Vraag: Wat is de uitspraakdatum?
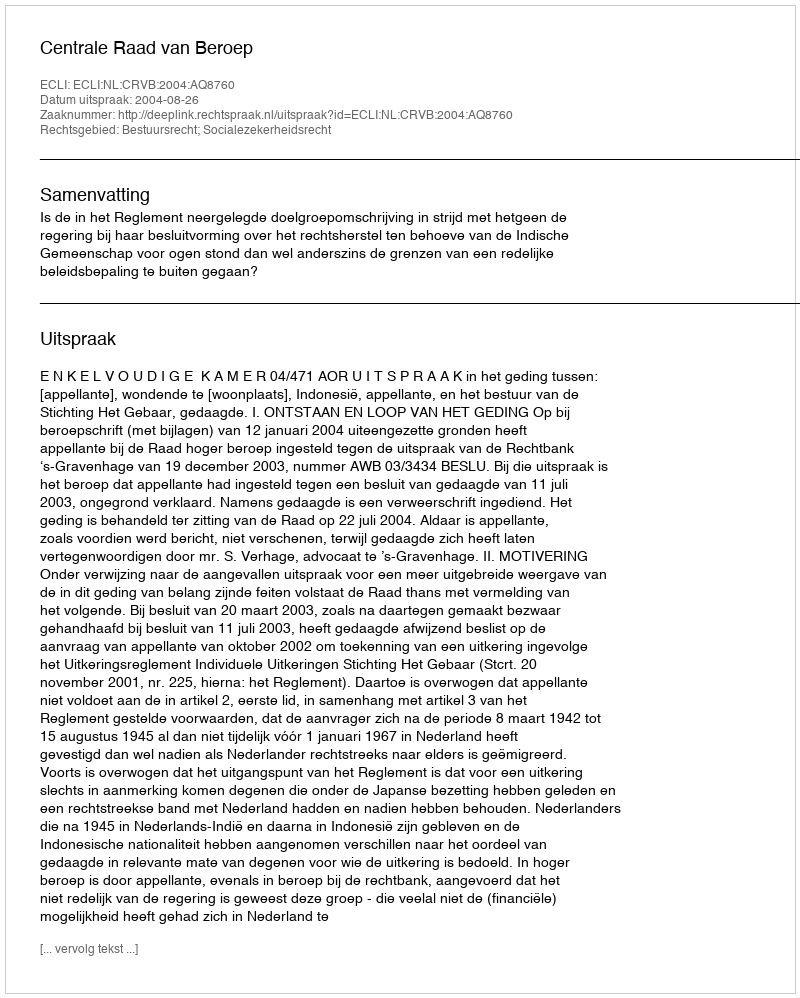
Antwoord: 2004-08-26